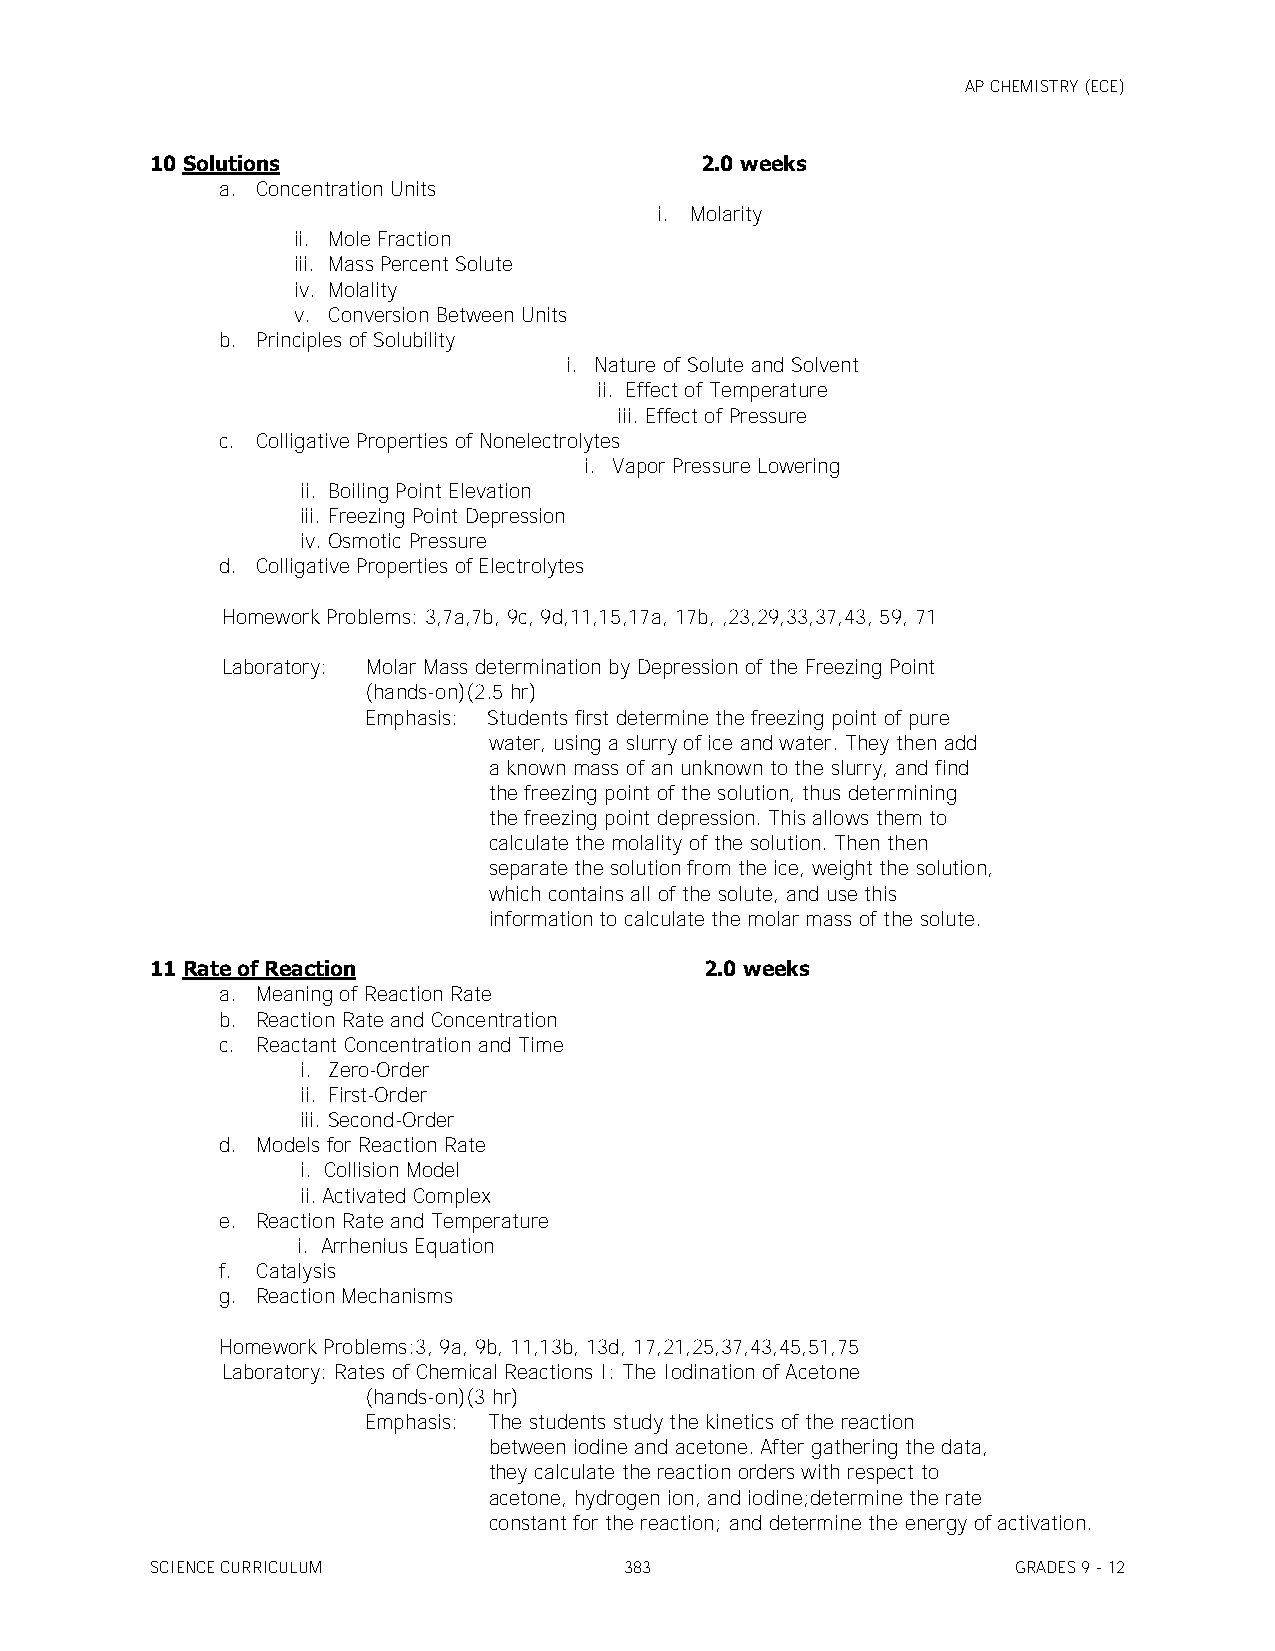
AP CHEMISTRY (ECE)
 10 Solutions                        2.0 weeks
 a. Concentration Units
 i. Molarity
 ii. Mole Fraction
 iii. Mass Percent Solute
 iv. Molality
 v. Conversion Between Units
 b. Principles of Solubility
 i. Nature of Solute and Solvent
 ii. Effect of Temperature
 iii. Effect of Pressure
 c. Colligative Properties of Nonelectrolytes
 i. Vapor Pressure Lowering
 ii. Boiling Point Elevation
 iii. Freezing Point Depression
 iv. Osmotic Pressure
 d. Colligative Properties of Electrolytes
 Homework Problems: 3,7a,7b, 9c, 9d,11,15,17a, 17b, ,23,29,33,37,43, 59, 71
 Laboratory: Molar Mass determination by Depression of the Freezing Point
 (hands-on)(2.5 hr)
 Emphasis: Students first determine the freezing point of pure
 water, using a slurry of ice and water. They then add
 a known mass of an unknown to the slurry, and find
 the freezing point of the solution, thus determining
 the freezing point depression. This allows them to
 calculate the molality of the solution. Then then
 separate the solution from the ice, weight the solution,
 which contains all of the solute, and use this
 information to calculate the molar mass of the solute.
 11 Rate of Reaction                  2.0 weeks
 a. Meaning of Reaction Rate
 b. Reaction Rate and Concentration
 c. Reactant Concentration and Time
 i. Zero-Order
 ii. First-Order
 iii. Second-Order
 d. Models for Reaction Rate
 i. Collision Model
 ii. Activated Complex
 e. Reaction Rate and Temperature
 i. Arrhenius Equation
 f. Catalysis
 g. Reaction Mechanisms
 Homework Problems:3, 9a, 9b, 11,13b, 13d, 17,21,25,37,43,45,51,75
 Laboratory: Rates of Chemical Reactions I: The Iodination of Acetone
 (hands-on)(3 hr)
 Emphasis: The students study the kinetics of the reaction
 between iodine and acetone. After gathering the data,
 they calculate the reaction orders with respect to
 acetone, hydrogen ion, and iodine;determine the rate
 constant for the reaction; and determine the energy of activation.
 SCIENCE CURRICULUM             383                       GRADES 9 - 12